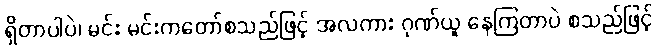
ရှိတာပါပဲ၊ မင်း မင်းကတော်စသည်ဖြင့် အလကား ဂုဏ်ယူ နေကြတာပဲ စသည်ဖြင့်